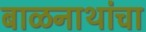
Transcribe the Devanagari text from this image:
बाळनाथांचा